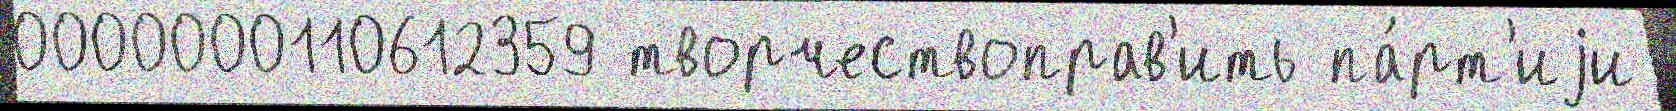
0000000110612359 творчествоправ'ить па́рт'иjи